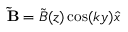
\mathbf { \tilde { B } } = \tilde { B } ( z ) \cos ( k y ) \hat { x }